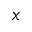
x